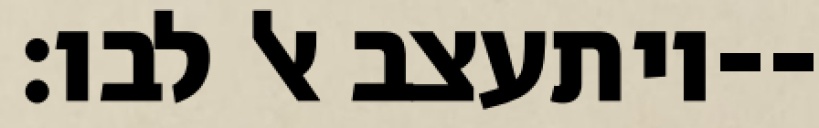
ויתעצב אל לבו׃--